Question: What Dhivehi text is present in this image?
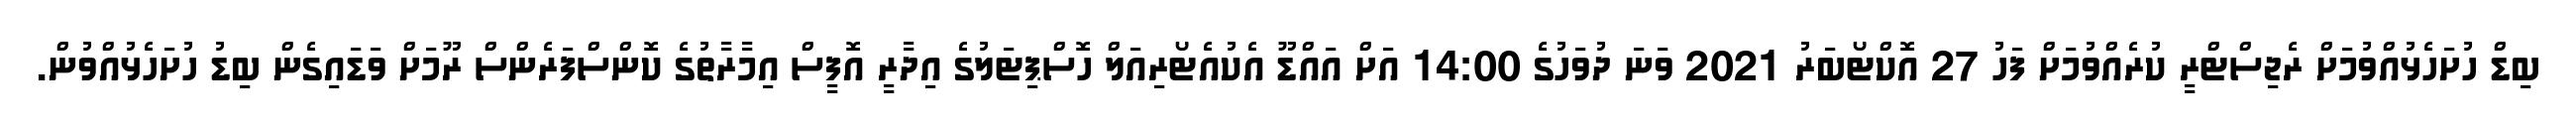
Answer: ބިޑް ހުށަހެޅުއްވުމަށް ރެޖިސްޓްރީ ކުރެއްވުމަށް ފަހު 27 އޮކްޓޯބަރު 2021 ވަނަ ދުވަހުގެ 14:00 އަށް އައްޑޫ އެކުއެޓޯރިއަލް ހޮސްޕިޓަލުގެ އިދާރީ އޮފީސް އިމާރާތުގެ ކޮންސްފަރެންސް ރޫމަށް ވަޑައިގެން ބިޑު ހުށަހެޅުއްވުން.